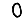
Digit: 0